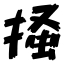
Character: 掻